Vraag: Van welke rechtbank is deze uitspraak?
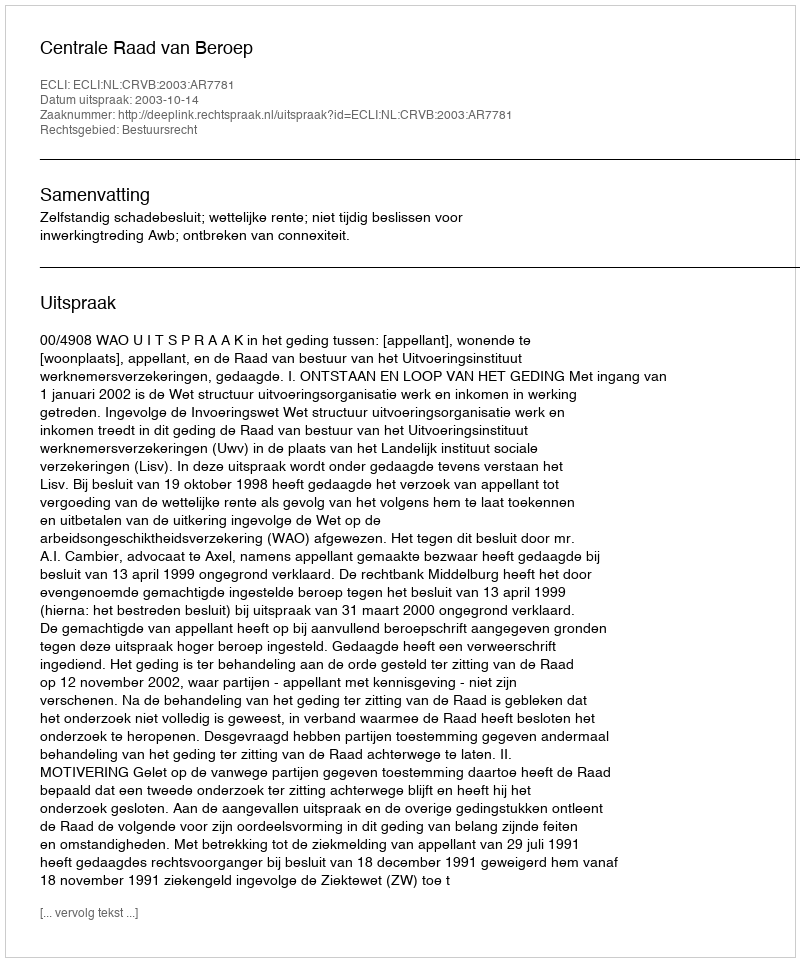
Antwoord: Centrale Raad van Beroep